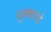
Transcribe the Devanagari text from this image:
धुक्याचे